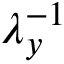
\lambda _ { y } ^ { - 1 }